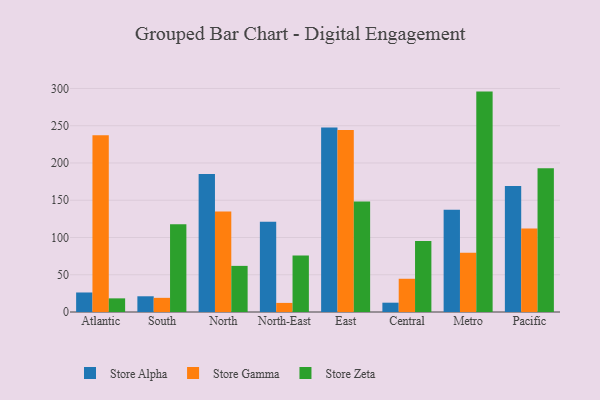
{"axis": {"x": "Region", "y": "Budget (USD K)"}, "legend": ["Store Alpha", "Store Gamma", "Store Zeta"], "data": [{"x": "Atlantic", "y": 26.2, "type": "Store Alpha"}, {"x": "Atlantic", "y": 237.2, "type": "Store Gamma"}, {"x": "Atlantic", "y": 18.3, "type": "Store Zeta"}, {"x": "South", "y": 21.1, "type": "Store Alpha"}, {"x": "South", "y": 19.0, "type": "Store Gamma"}, {"x": "South", "y": 117.9, "type": "Store Zeta"}, {"x": "North", "y": 185.2, "type": "Store Alpha"}, {"x": "North", "y": 135.0, "type": "Store Gamma"}, {"x": "North", "y": 61.9, "type": "Store Zeta"}, {"x": "North-East", "y": 121.2, "type": "Store Alpha"}, {"x": "North-East", "y": 12.2, "type": "Store Gamma"}, {"x": "North-East", "y": 75.7, "type": "Store Zeta"}, {"x": "East", "y": 247.5, "type": "Store Alpha"}, {"x": "East", "y": 244.1, "type": "Store Gamma"}, {"x": "East", "y": 148.2, "type": "Store Zeta"}, {"x": "Central", "y": 12.5, "type": "Store Alpha"}, {"x": "Central", "y": 44.6, "type": "Store Gamma"}, {"x": "Central", "y": 95.4, "type": "Store Zeta"}, {"x": "Metro", "y": 137.3, "type": "Store Alpha"}, {"x": "Metro", "y": 79.5, "type": "Store Gamma"}, {"x": "Metro", "y": 295.8, "type": "Store Zeta"}, {"x": "Pacific", "y": 169.1, "type": "Store Alpha"}, {"x": "Pacific", "y": 112.2, "type": "Store Gamma"}, {"x": "Pacific", "y": 192.8, "type": "Store Zeta"}]}